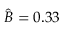
\hat { B } = 0 . 3 3